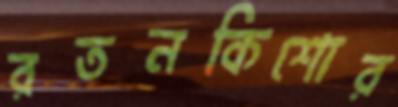
রতনকিশোর